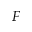
{ \cal F }